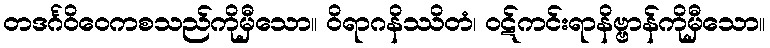
တဒင်္ဂဝိဝေကစသည်ကိုမှီသော။ ဝိရာဂနိဿိတံ၊ ဝဋ်ကင်းရာနိဗ္ဗာန်ကိုမှီသော။